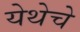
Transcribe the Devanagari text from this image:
येथेचे